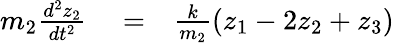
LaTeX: \begin{array}{rlr}{m_{2}\frac{d^{2}z_{2}}{dt^{2}}}&{{}=}&{\frac{k}{m_{2}}(z_{1}-2z_{2}+z_{3})}\end{array}